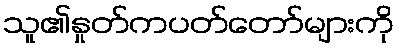
သူ၏နှုတ်ကပတ်တော်များကို